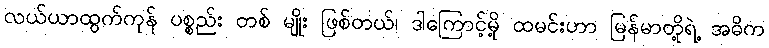
လယ်ယာထွက်ကုန် ပစ္စည်း တစ် မျိုး ဖြစ်တယ်၊ ဒါကြောင့်မို့ ထမင်းဟာ မြန်မာတို့ရဲ့ အဓိက